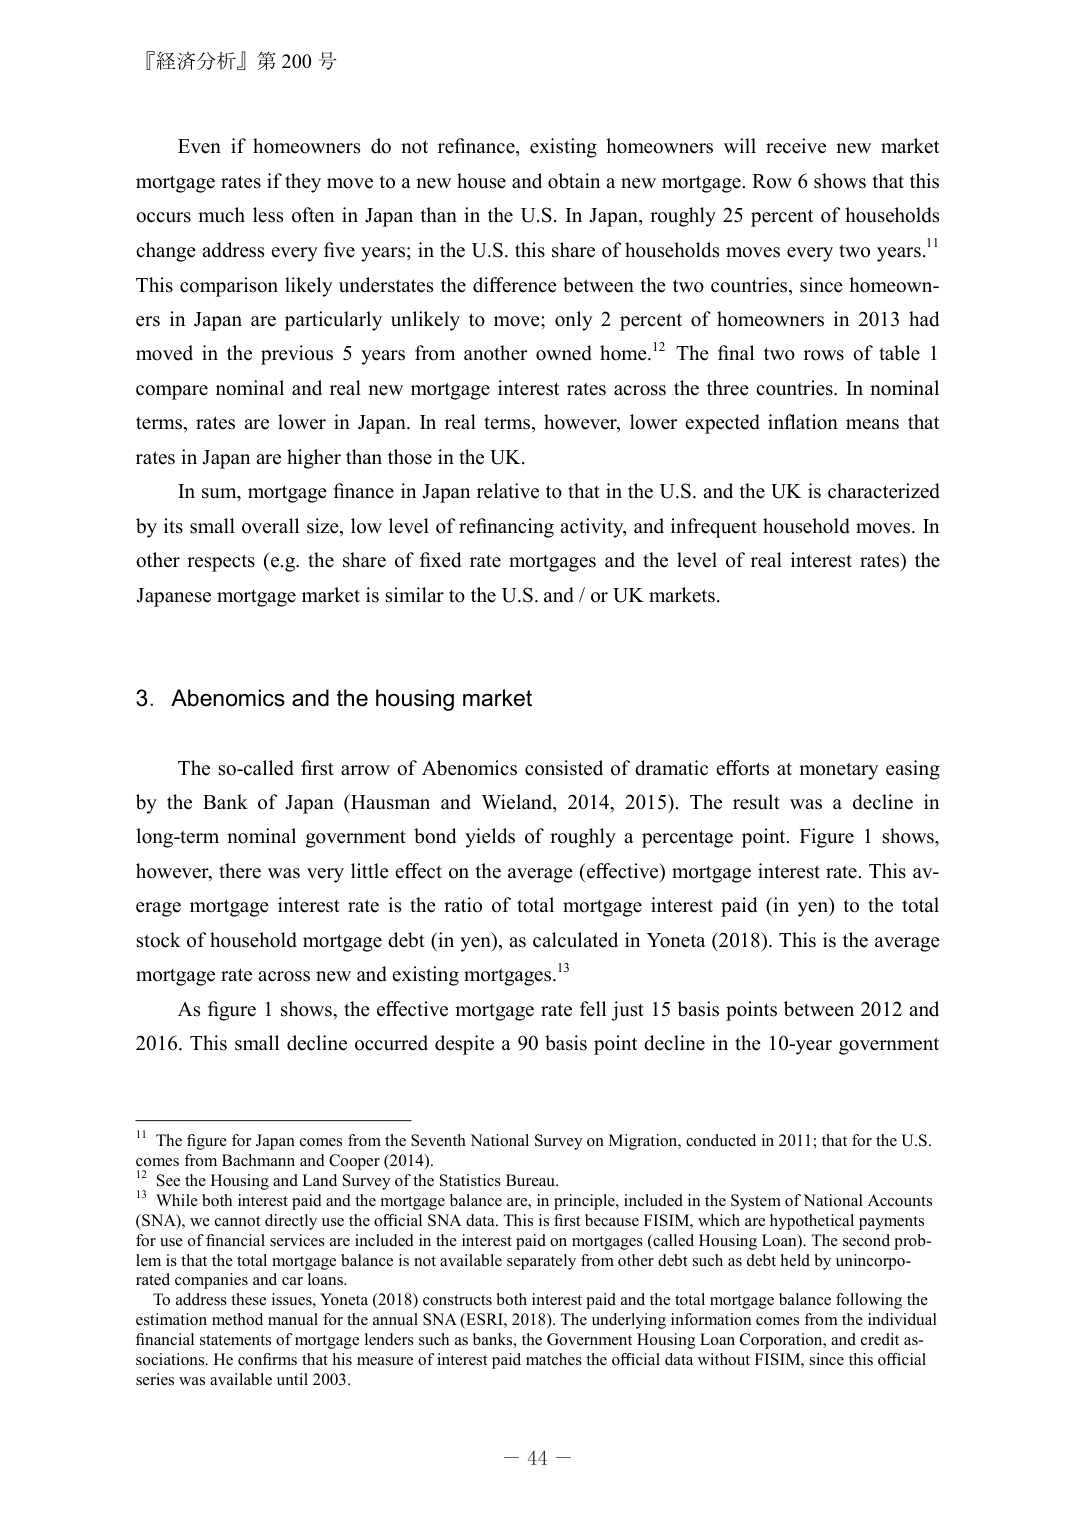
『経済分析』第 200 号

Even if homeowners do not refinance, existing homeowners will receive new market mortgage rates if they move to a new house and obtain a new mortgage. Row 6 shows that this occurs much less often in Japan than in the U.S. In Japan, roughly 25 percent of households change address every five years; in the U.S. this share of households moves every two years.¹¹ This comparison likely understates the difference between the two countries, since homeowners in Japan are particularly unlikely to move; only 2 percent of homeowners in 2013 had moved in the previous 5 years from another owned home.¹² The final two rows of table 1 compare nominal and real new mortgage interest rates across the three countries. In nominal terms, rates are lower in Japan. In real terms, however, lower expected inflation means that rates in Japan are higher than those in the UK.

In sum, mortgage finance in Japan relative to that in the U.S. and the UK is characterized by its small overall size, low level of refinancing activity, and infrequent household moves. In other respects (e.g. the share of fixed rate mortgages and the level of real interest rates) the Japanese mortgage market is similar to the U.S. and / or UK markets.

3. Abenomics and the housing market

The so-called first arrow of Abenomics consisted of dramatic efforts at monetary easing by the Bank of Japan (Hausman and Wieland, 2014, 2015). The result was a decline in long-term nominal government bond yields of roughly a percentage point. Figure 1 shows, however, there was very little effect on the average (effective) mortgage interest rate. This average mortgage interest rate is the ratio of total mortgage interest paid (in yen) to the total stock of household mortgage debt (in yen), as calculated in Yoneta (2018). This is the average mortgage rate across new and existing mortgages.¹³

As figure 1 shows, the effective mortgage rate fell just 15 basis points between 2012 and 2016. This small decline occurred despite a 90 basis point decline in the 10-year government

¹¹ The figure for Japan comes from the Seventh National Survey on Migration, conducted in 2011; that for the U.S. comes from Bachmann and Cooper (2014).

¹² See the Housing and Land Survey of the Statistics Bureau.

¹³ While both interest paid and the mortgage balance are, in principle, included in the System of National Accounts (SNA), we cannot directly use the official SNA data. This is first because FISIM, which are hypothetical payments for use of financial services are included in the interest paid on mortgages (called Housing Loan). The second problem is that the total mortgage balance is not available separately from other debt such as debt held by unincorporated companies and car loans.

To address these issues, Yoneta (2018) constructs both interest paid and the total mortgage balance following the estimation method manual for the annual SNA (ESRI, 2018). The underlying information comes from the individual financial statements of mortgage lenders such as banks, the Government Housing Loan Corporation, and credit associations. He confirms that his measure of interest paid matches the official data without FISIM, since this official series was available until 2003.

－ 44 －